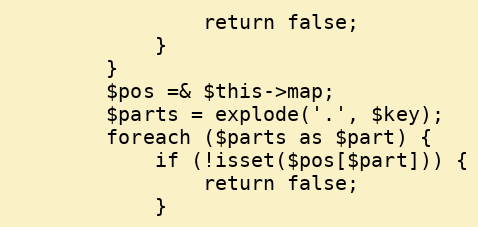
Language: PHP
                return false;
            }
        }
        $pos =& $this->map;
        $parts = explode('.', $key);
        foreach ($parts as $part) {
            if (!isset($pos[$part])) {
                return false;
            }